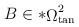
LaTeX: \begin{align*}B \in \ast {\mathop {\Omega} \nolimits_{\tan} ^{2}}\end{align*}